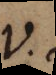
V.